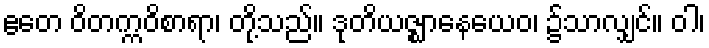
ဧတေ ဝိတက္ကဝိစာရာ၊ တို့သည်။ ဒုတိယဇ္ဈာနေယေဝ၊ ၌သာလျှင်။ ဝါ၊